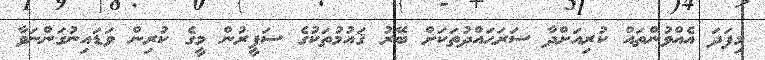
މިފަދަ އެއްވުންތައް ކުރިއަށްދާ ސަރަޙައްދުތަކަށް ބޭރު ޤައުމުތަކުގެ ސަފީރުން މީގެ ކުރިން ވަޑައިނުގަންނަވާ